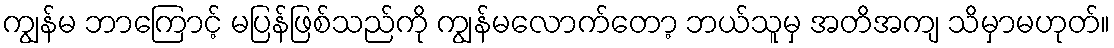
ကျွန်မ ဘာကြောင့် မပြန်ဖြစ်သည်ကို ကျွန်မလောက်တော့ ဘယ်သူမှ အတိအကျ သိမှာမဟုတ်။